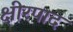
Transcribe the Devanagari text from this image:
क्षीरपाद